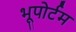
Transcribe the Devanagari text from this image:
भूपोर्टम